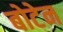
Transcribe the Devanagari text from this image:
बोटेन